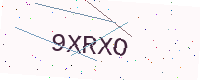
Text: 9XRXO